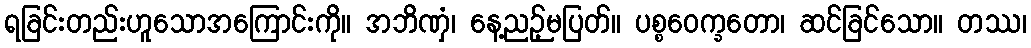
ရခြင်းတည်းဟူသောအကြောင်းကို။ အဘိဏှံ၊ နေ့ညဉ့်မပြတ်။ ပစ္စဝေက္ခတော၊ ဆင်ခြင်သော။ တဿ၊